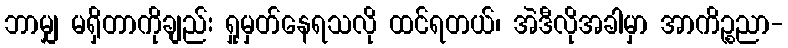
ဘာမျှ မရှိတာကိုချည်း ရှုမှတ်နေရသလို ထင်ရတယ်၊ အဲဒီလိုအခါမှာ အာကိဉ္စညာ-